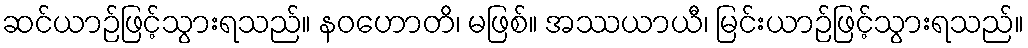
ဆင်ယာဉ်ဖြင့်သွားရသည်။ နဝဟောတိ၊ မဖြစ်။ အဿယာယီ၊ မြင်းယာဉ်ဖြင့်သွားရသည်။